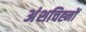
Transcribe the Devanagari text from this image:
अंशचिह्नों